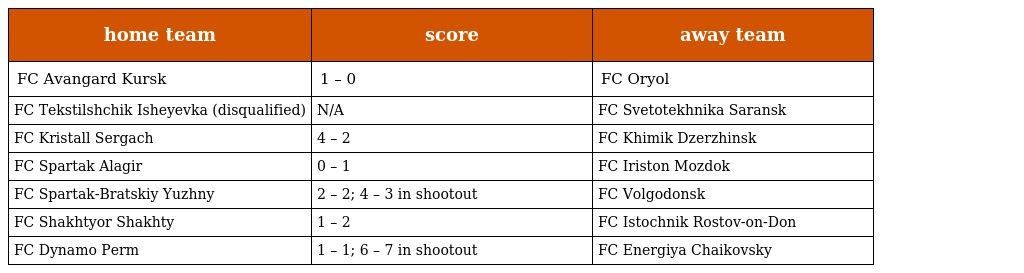
| home team | score | away team |
 | --- | --- | --- |
 | FC Avangard Kursk | 1 – 0 | FC Oryol |
 | FC Tekstilshchik Isheyevka (disqualified) | N/A | FC Svetotekhnika Saransk |
 | FC Kristall Sergach | 4 – 2 | FC Khimik Dzerzhinsk |
 | FC Spartak Alagir | 0 – 1 | FC Iriston Mozdok |
 | FC Spartak-Bratskiy Yuzhny | 2 – 2; 4 – 3 in shootout | FC Volgodonsk |
 | FC Shakhtyor Shakhty | 1 – 2 | FC Istochnik Rostov-on-Don |
 | FC Dynamo Perm | 1 – 1; 6 – 7 in shootout | FC Energiya Chaikovsky |